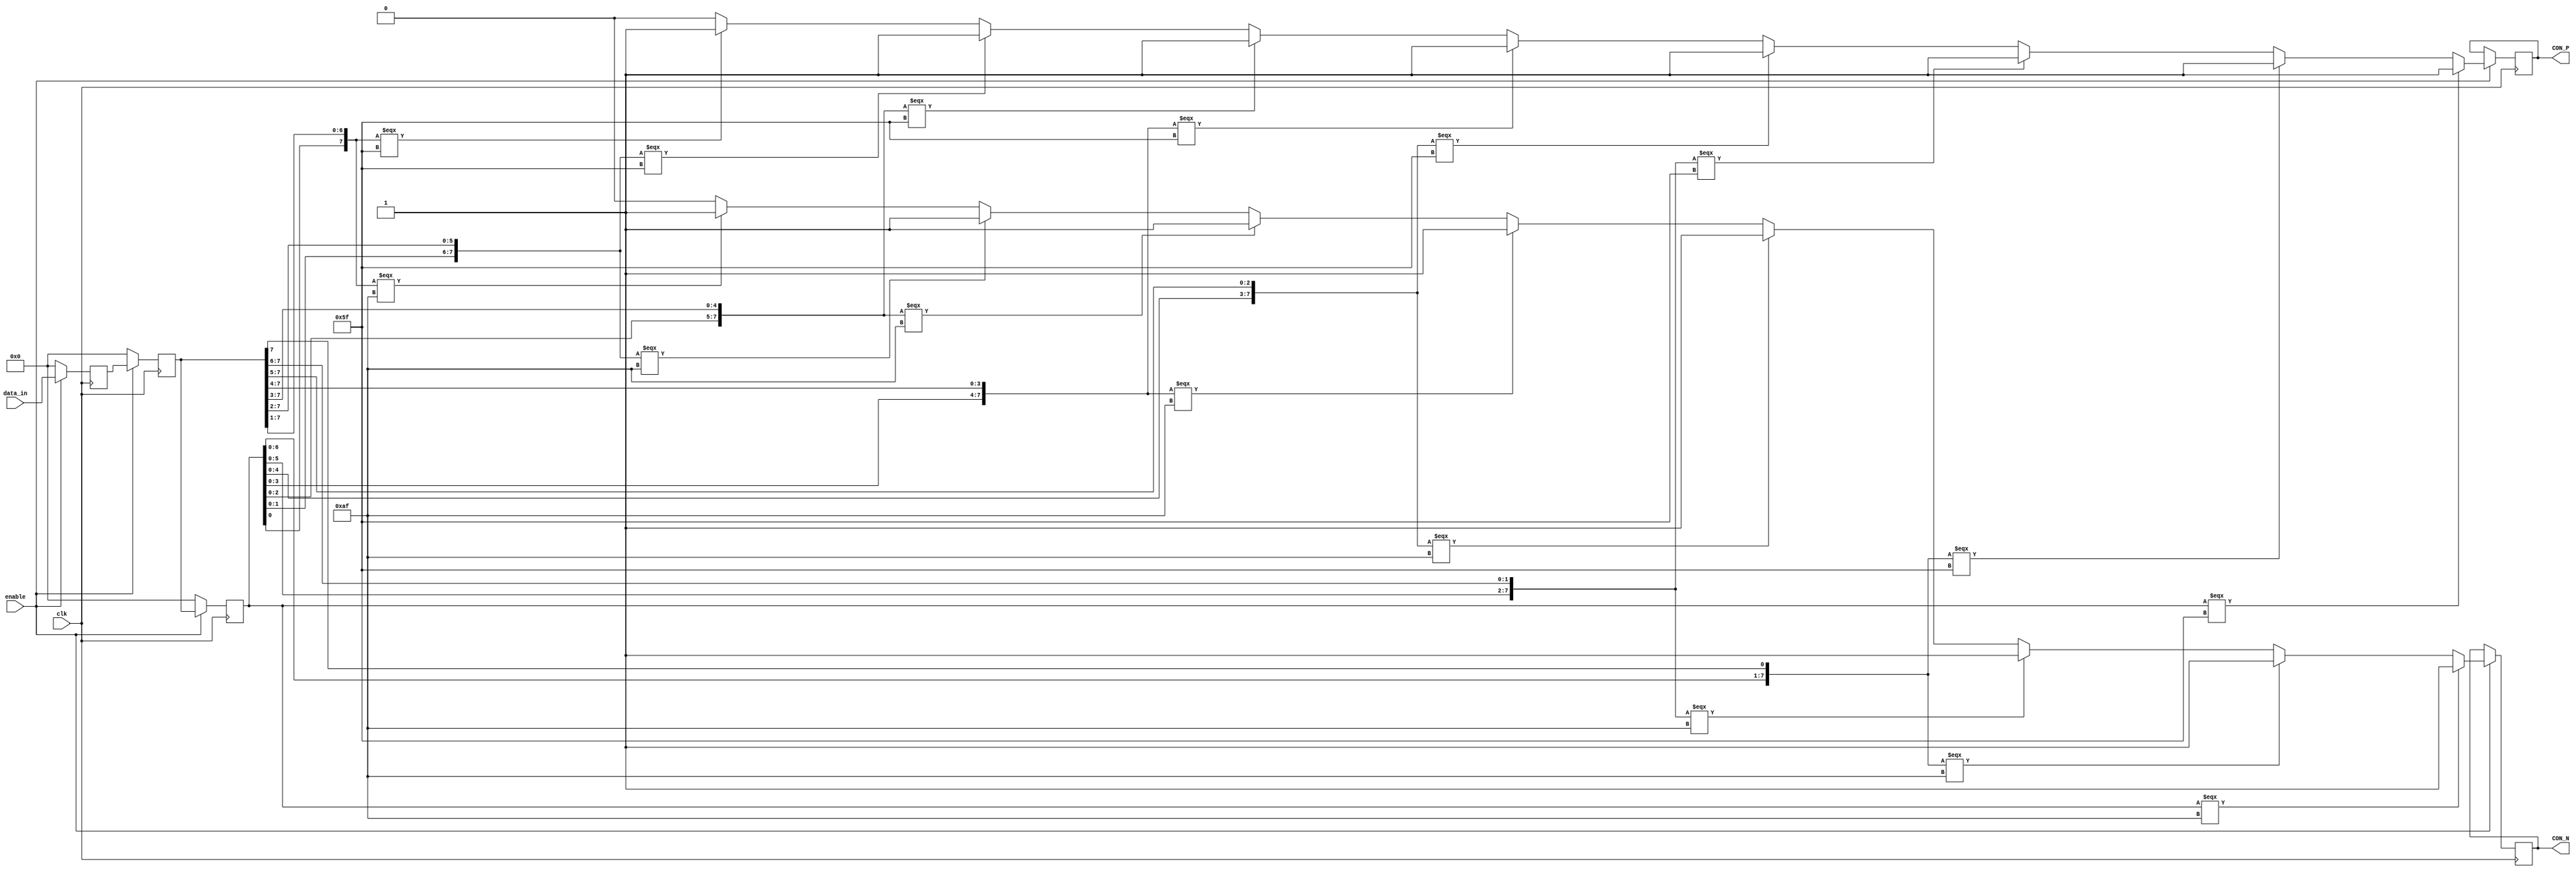
module RCB_FRL_RXMSG_ACK_Decoder(
   input     	clk,                      
   input     	enable,                 
   input [7:0]	data_in,           
	output reg	CON_P, 
	output reg	CON_N
	);
   reg [7:0] 	data_reg1;              
   reg [7:0] 	data_reg2;              
   reg [7:0] 	data_reg3;              
   reg [2:0] 	shift;                  
   reg 		    lock;                   
   reg [7:0] 	byte_count;             
   reg [2:0]    front_count;
   reg [7:0] 	data_out_tmp;           
   reg 	    	data_valid;
   reg [7:0] 	frame_length;      
   reg [7:0] 	data_out;               
	reg			data_correct;
	reg			data_wrong;
	reg [39:0]  data_all;
   always @(negedge clk)   
     begin
		if (!enable)
		begin
    	      data_out_tmp <= 8'h00;    
		end
		else
		begin
    	    case(shift)               
		    	3'h0 : data_out_tmp <= data_reg3;
		    	3'h1 : data_out_tmp <= ({data_reg3[6:0],data_reg2[7]});
		    	3'h2 : data_out_tmp <= ({data_reg3[5:0],data_reg2[7:6]});
		    	3'h3 : data_out_tmp <= ({data_reg3[4:0],data_reg2[7:5]});
		    	3'h4 : data_out_tmp <= ({data_reg3[3:0],data_reg2[7:4]});
		    	3'h5 : data_out_tmp <= ({data_reg3[2:0],data_reg2[7:3]});
		    	3'h6 : data_out_tmp <= ({data_reg3[1:0],data_reg2[7:2]});
		    	3'h7 : data_out_tmp <= ({data_reg3[0],data_reg2[7:1]});
		    	default : data_out_tmp <= data_reg3;
	        endcase
		 end
	 end
   always @(negedge clk)         
    begin
		if(!enable) 
	  		begin
        	data_reg1 <= 8'h00;           
        	data_reg2 <= 8'h00;           
        	data_reg3 <= 8'h00;
	  	end
		else 
	 		begin
        	data_reg1 <= data_in;     
        	data_reg2 <= data_reg1;   
        	data_reg3 <= data_reg2;  
 	  		end
    end
  always @(negedge clk)          
     begin
		if(!enable)  
	  		begin
             lock <= 0;
             shift <= 0;
             data_out <= 8'h00;  
             data_valid <= 0;
				 frame_length <= 0;
	  		end
	 	else   
		begin
			if(data_reg3 === 8'h5f ) 
		       				begin
		                      CON_P <= 1'b1;
		       				end
		   				else if({data_reg3[6:0],data_reg2[7]} === 8'h5f ) 
               				begin
			     			 CON_P <= 1'b1;  
               				end
		    			else if({data_reg3[5:0],data_reg2[7:6]} === 8'h5f ) 
			     			begin
			       			 CON_P <= 1'b1;
			     			end
            			else if({data_reg3[4:0],data_reg2[7:5]} === 8'h5f ) 
			    			begin
			       			 CON_P <= 1'b1;
			    		    end
						else if({data_reg3[3:0],data_reg2[7:4]} === 8'h5f ) 
			    			begin
                    		 CON_P <= 1'b1;
			    			end
			 			else if({data_reg3[2:0],data_reg2[7:3]} === 8'h5f )
                  			begin
				    	 CON_P <= 1'b1;
                  		    end
			 			else if({data_reg3[1:0],data_reg2[7:2]} === 8'h5f) 
				   			begin
				    		 CON_P <= 1'b1;
				   		    end
			 			else if({data_reg3[0],data_reg2[7:1]} === 8'h5f)    
				  			begin
				     		 CON_P <= 1'b1;
			  			    end
							 else begin
							 CON_P <= 1'b0;
							end
			   				if(data_reg3 === 8'haf ) 
		       				begin
		                      CON_N <= 1'b1;
		       				end
		   				else if({data_reg3[6:0],data_reg2[7]} === 8'haf ) 
               				begin
			     			 CON_N <= 1'b1;  
               				end
		    			else if({data_reg3[5:0],data_reg2[7:6]} === 8'haf ) 
			     			begin
			       			 CON_N <= 1'b1;
			     			end
            			else if({data_reg3[4:0],data_reg2[7:5]} === 8'haf ) 
			    			begin
			       			 CON_N <= 1'b1;
			    		    end
						else if({data_reg3[3:0],data_reg2[7:4]} === 8'haf ) 
			    			begin
                    		 CON_N <= 1'b1;
			    			end
			 			else if({data_reg3[2:0],data_reg2[7:3]} === 8'haf )
                  			begin
				    	 CON_N <= 1'b1;
                  		    end
			 			else if({data_reg3[1:0],data_reg2[7:2]} === 8'haf )
				   			begin
				    		 CON_N <= 1'b1;
				   		    end
			 			else if({data_reg3[0],data_reg2[7:1]} === 8'haf    )
				  			begin
				     		 CON_N <= 1'b1;
			  			    end
							 else begin
							 CON_N <= 1'b0;
							end
	         		end    
	end
endmodule